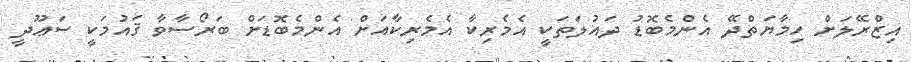
އިޒްރޭލަށް ހިމާޔަތްދޭ އެންމެބޮޑު ދައުލަތަކީ އެމެރިކާ އެމެރިކާއަށް އެންްމެބޮޑަށް ބަރޯސާވާ ޤައުމަކީ ސަޢޫދީ